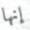
إنها